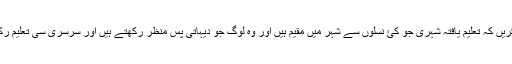
اور دسورے مزے کی بات یہ بھی ذرا ڈھونڈنے میں خرچ کریں کہ تعلیم یافتہ شہری جو کئ نسلوں سے شہر میں مقیم ہیں اور وہ لوگ جو دیہاتی پس منظر رکھتے ہیں اور سرسری سی تعلیم رکھتے ہیں ان میں سے کون زیادہ جنس کو موضوع بناتا ہے ۔